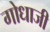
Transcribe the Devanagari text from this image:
गोधाजी